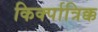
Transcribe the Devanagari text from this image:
किर्क्पात्रिक्क